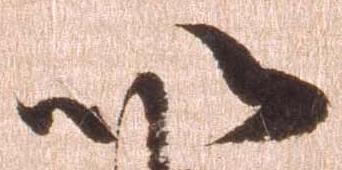
以